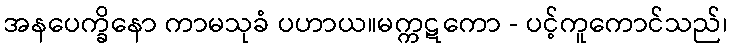
အနပေက္ခိနော ကာမသုခံ ပဟာယ။မက္ကဋကော - ပင့်ကူကောင်သည်၊